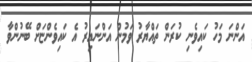
އަންނަ މަހު ކައިވެނި ކުރަން ތައްޔާރު ވަމުން އަންނައިރު އެ ކައިވެންޏަށް ބޭނުންވާ